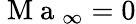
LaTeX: \mathrm{~M~a~}_{\infty}=0